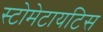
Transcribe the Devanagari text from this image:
स्टोमेटायटिस